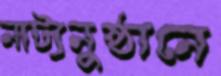
নাট্যনুষ্ঠানে